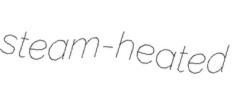
steam-heated